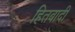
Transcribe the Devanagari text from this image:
हितबादी